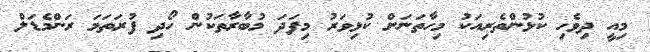
މިއީ ދިވެހި ކުޅުންތެރިއަކު މިހާތަނަށް ކުޅިވަރު މިފަދަ މުބާރާތަކުން ހޯދި ފުރަތަމަ ރަންމެޑަލް